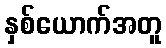
နှစ်ယောက်အတူ